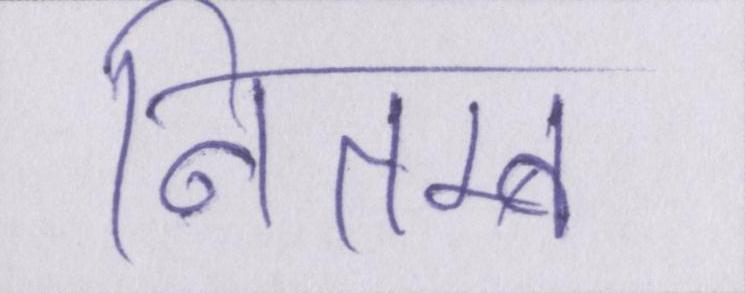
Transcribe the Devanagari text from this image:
नितम्ब